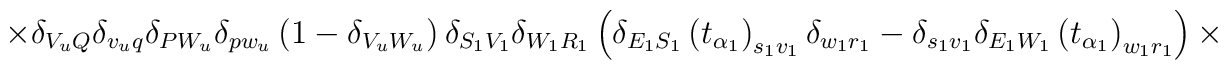
\times\delta_{V_uQ}\delta_{v_uq}\delta_{PW_u}\delta_{pw_u}\left(1-	\delta_{V_uW_u}\right)\delta_{S_1V_1}\delta_{W_1R_1}	\left(\delta_{E_1S_1}\left(t_{\alpha_1}\right)_{s_1v_1}	\delta_{w_1r_1}-\delta_{s_1v_1}\delta_{E_1W_1}\left(t_{	\alpha_1}\right)_{w_1r_1}\right)\times